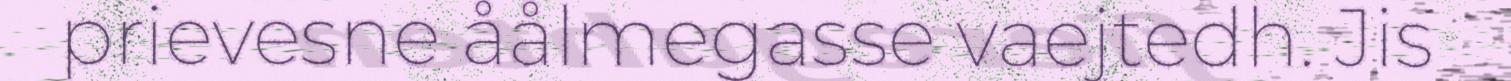
prievesne åålmegasse vaejtedh. Jis